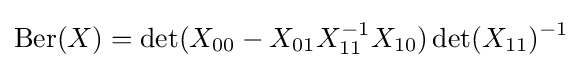
\mathrm {Ber} (X)=\det(X_{00}-X_{01}X_{11}^{-1}X_{10})\det(X_{11})^{-1}